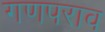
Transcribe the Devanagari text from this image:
गणपराव